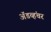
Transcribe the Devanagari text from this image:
ॲडव्हंचर